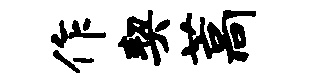
作契藁